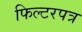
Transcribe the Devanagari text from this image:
फिल्टरपत्र